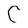
Character: C